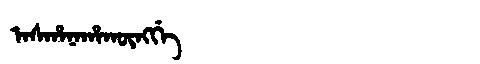
Manchu: ᠠᠰᡥᠠᠨᠠᡥᠠᡴᡡᠩᡤᡝ
Romanization: ASHANAHAKŪNGGE